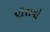
પીસનો